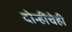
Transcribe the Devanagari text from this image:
दोन्हींचेही